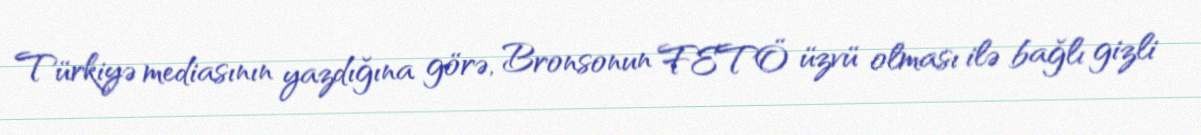
Türkiyə mediasının yazdığına görə, Bronsonun FETÖ üzvü olması ilə bağlı gizli